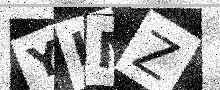
Text: YLMZ